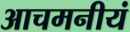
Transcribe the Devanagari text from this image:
आचमनीयं